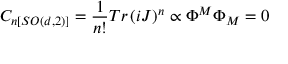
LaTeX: C _ { n [ S O ( d , 2 ) ] } = \frac { 1 } { n ! } T r \left( i J \right) ^ { n } \propto \Phi ^ { M } \Phi _ { M } = 0